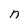
Character: n